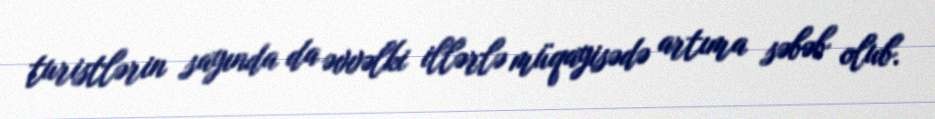
turistlərin sayında da əvvəlki illərlə müqayisədə artıma səbəb olub.